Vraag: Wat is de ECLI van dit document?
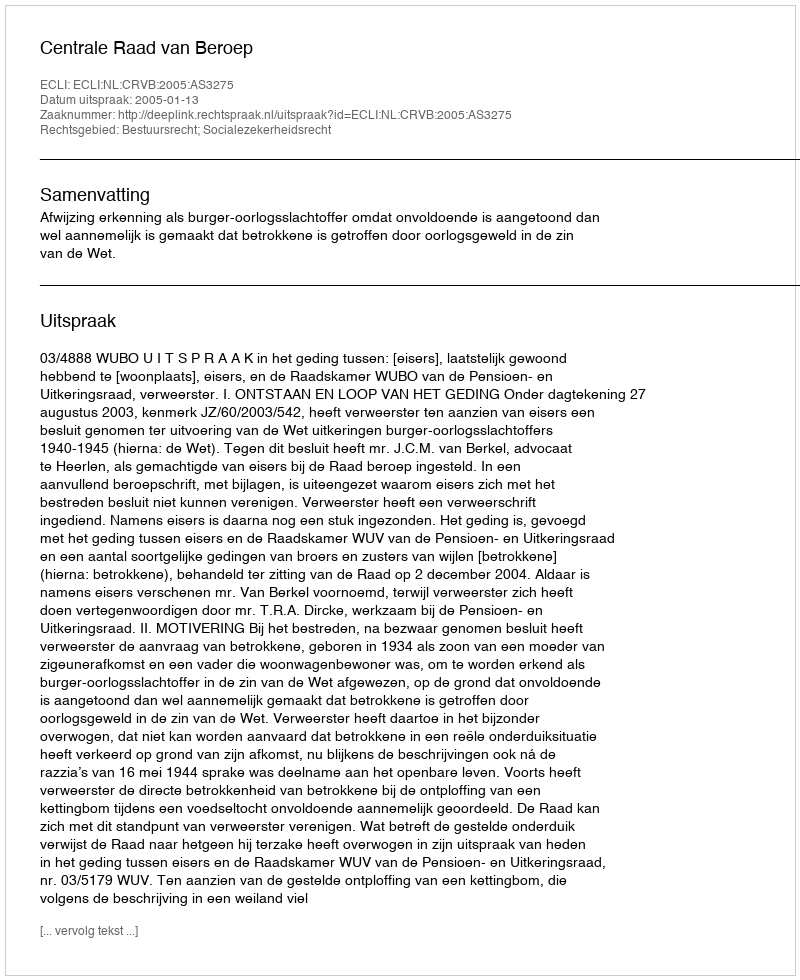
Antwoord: ECLI:NL:CRVB:2005:AS3275